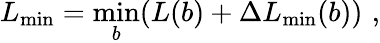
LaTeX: L_{\mathrm{min}}=\operatorname*{min}_{b}(L(b)+\Delta L_{\mathrm{min}}(b))\, \, ,